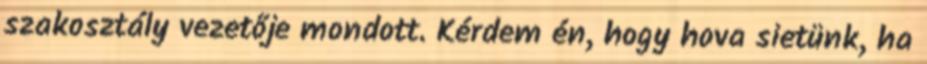
szakosztály vezetője mondott. Kérdem én, hogy hova sietünk, ha